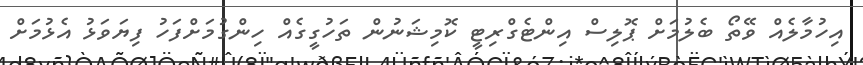
އިހުމާލެއް ވޭތޯ ބެލުމަށް ޕޮލިސް އިންޓެގްރިޓީ ކޮމިޝަނުން ތަހުގީގެއް ހިންގުމަށްފަހު ފިޔަވަޅު އެޅުމަށް